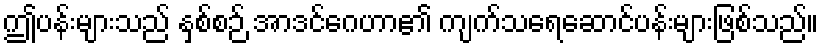
ဤပန်းများသည် နှစ်စဉ် အာဒင်ဂေဟာ၏ ကျက်သရေဆောင်ပန်းများဖြစ်သည်။